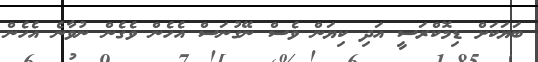
ބަޔަކަށް ޑިމޮކްރަސީ އަދި ކިޔަން ވެސް ނޭގުނަސް އެހެން ވެގެން ނުވާނެ އެހެން